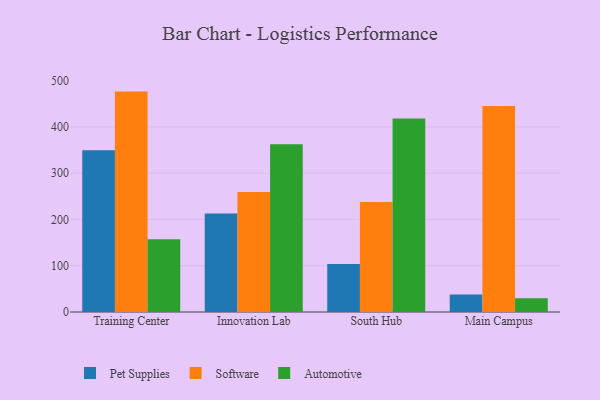
{"axis": {"x": "Campus", "y": "Latency (ms)"}, "legend": ["Automotive", "Pet Supplies", "Software"], "data": [{"x": "Training Center", "y": 349.6, "type": "Pet Supplies"}, {"x": "Training Center", "y": 476.4, "type": "Software"}, {"x": "Training Center", "y": 157.2, "type": "Automotive"}, {"x": "Innovation Lab", "y": 212.7, "type": "Pet Supplies"}, {"x": "Innovation Lab", "y": 259.6, "type": "Software"}, {"x": "Innovation Lab", "y": 362.8, "type": "Automotive"}, {"x": "South Hub", "y": 103.9, "type": "Pet Supplies"}, {"x": "South Hub", "y": 237.8, "type": "Software"}, {"x": "South Hub", "y": 418.4, "type": "Automotive"}, {"x": "Main Campus", "y": 37.7, "type": "Pet Supplies"}, {"x": "Main Campus", "y": 445.4, "type": "Software"}, {"x": "Main Campus", "y": 29.8, "type": "Automotive"}]}